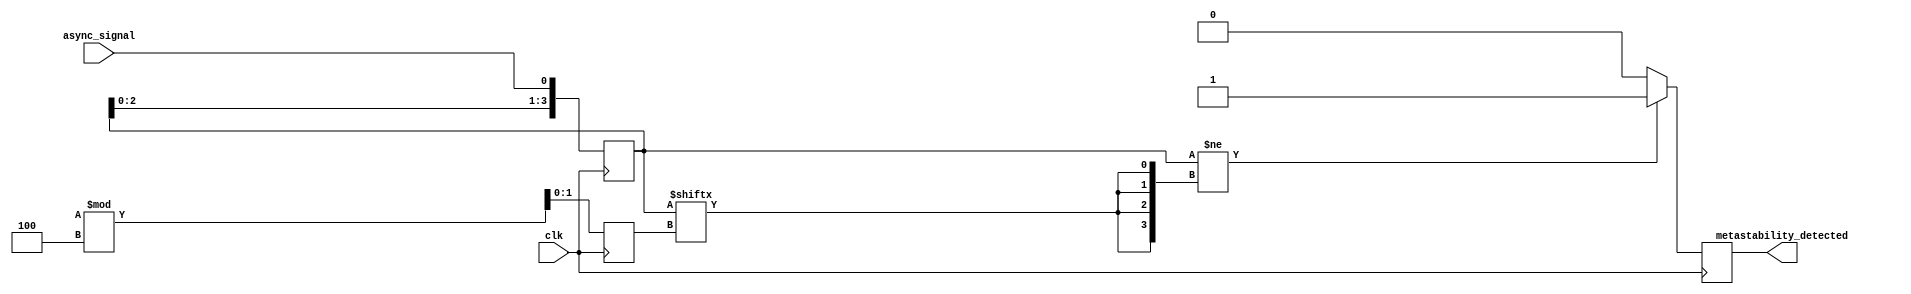
module metastability_detector #(
    parameter NUM_SAMPLES = 4,  // Number of sampling flip-flops
    parameter CLK_FREQ = 1000000 // Clock frequency in Hz
)(
    input wire clk,               // Clock signal
    input wire async_signal,      // Asynchronous input signal
    output reg metastability_detected // Output signal indicating metastability
);

// Sampling flip-flops
reg [NUM_SAMPLES-1:0] samples;

// Random sampling mechanism
reg [$clog2(NUM_SAMPLES)-1:0] sample_select;

// Metastability detection logic
always @(posedge clk) begin
    // Randomly select a flip-flop to sample the async signal
    sample_select <= $random % NUM_SAMPLES;

    // Sample the async signal into the flip-flops
    samples <= {samples[NUM_SAMPLES-2:0], async_signal};

    // Detect metastability by checking for discrepancies
    if (samples != {NUM_SAMPLES{samples[sample_select]}}) begin
        metastability_detected <= 1'b1; // Metastability condition detected
    end else begin
        metastability_detected <= 1'b0; // No metastability detected
    end
end

endmodule